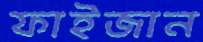
ফাইজান